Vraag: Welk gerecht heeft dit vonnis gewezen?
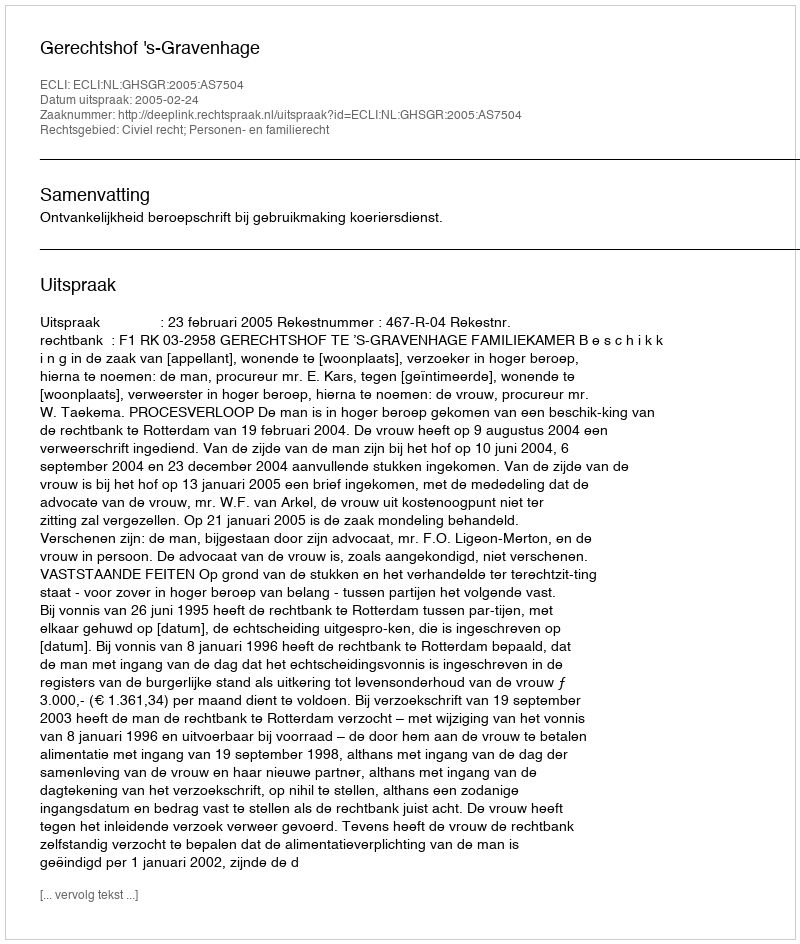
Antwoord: Gerechtshof 's-Gravenhage